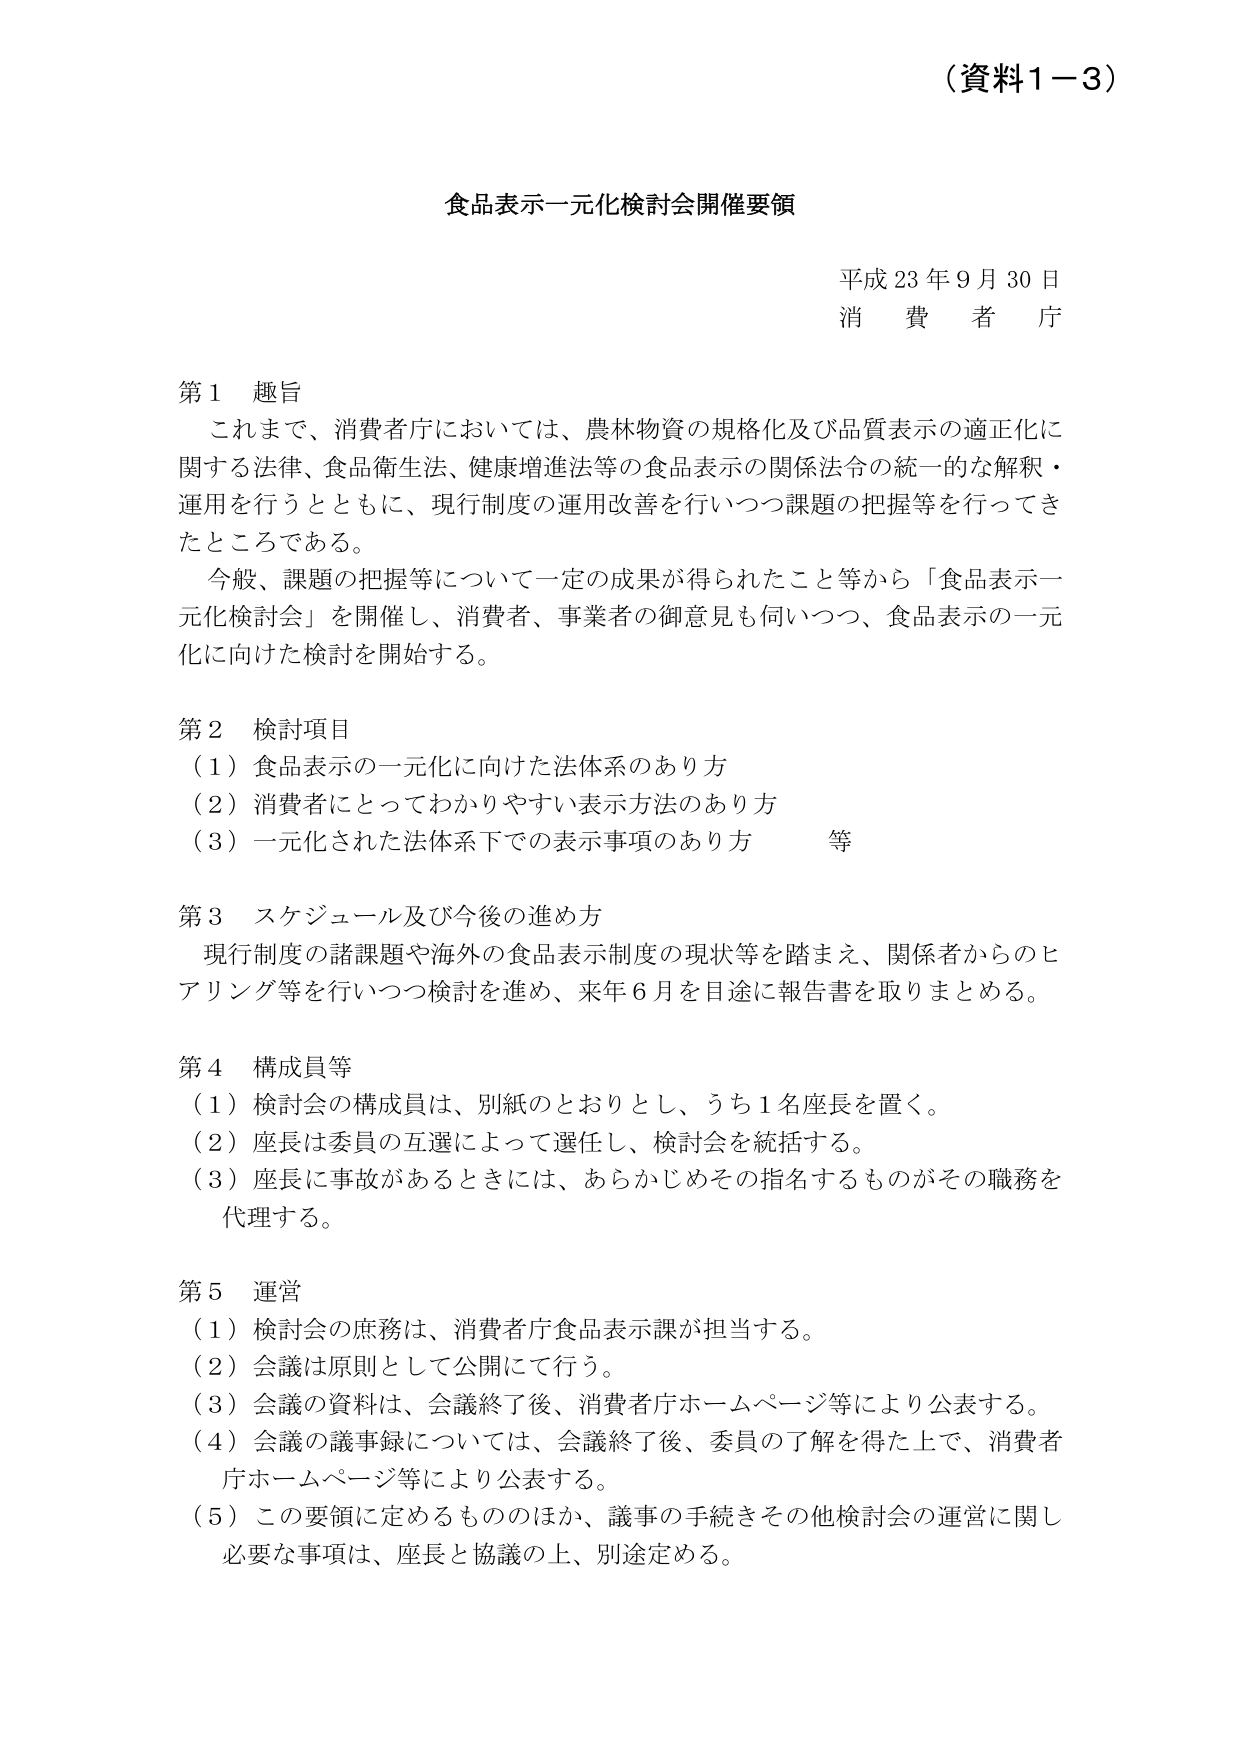
（資料１－３）

食品表示一元化検討会開催要領

平成 23 年 9 月 30 日
消費者庁

第１ 趣旨
これまで、消費者庁においては、農林物資の規格化及び品質表示の適正化に関する法律、食品衛生法、健康増進法等の食品表示の関係法令の統一的な解釈・運用を行うとともに、現行制度の運用改善を行いつつ課題の把握等を行ってきたところである。
今般、課題の把握等について一定の成果が得られたこと等から「食品表示一元化検討会」を開催し、消費者、事業者の御意見も伺いつつ、食品表示の一元化に向けた検討を開始する。

第２ 検討項目
（１）食品表示の一元化に向けた法体系のあり方
（２）消費者にとってわかりやすい表示方法のあり方
（３）一元化された法体系下での表示事項のあり方　等

第３ スケジュール及び今後の進め方
現行制度の諸課題や海外の食品表示制度の現状等を踏まえ、関係者からのヒアリング等を行いつつ検討を進め、来年６月を目途に報告書を取りまとめる。

第４ 構成員等
（１）検討会の構成員は、別紙のとおりとし、うち１名座長を置く。
（２）座長は委員の互選によって選任し、検討会を統括する。
（３）座長に事故があるときには、あらかじめその指名するものがその職務を代理する。

第５ 運営
（１）検討会の庶務は、消費者庁食品表示課が担当する。
（２）会議は原則として公開にて行う。
（３）会議の資料は、会議終了後、消費者庁ホームページ等により公表する。
（４）会議の議事録については、会議終了後、委員の了解を得た上で、消費者庁ホームページ等により公表する。
（５）この要領に定めるもののほか、議事の手続きその他検討会の運営に関し必要な事項は、座長と協議の上、別途定める。